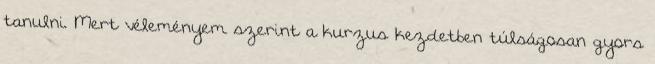
tanulni. Mert véleményem szerint a kurzus kezdetben túlságosan gyors